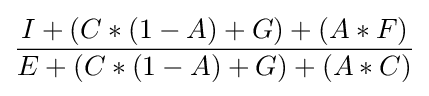
{\frac {I+(C*(1-A)+G)+(A*F)}{E+(C*(1-A)+G)+(A*C)}}